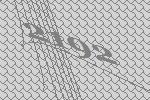
2192